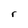
Character: r